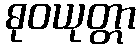
ဓုဝယုတ္တာ